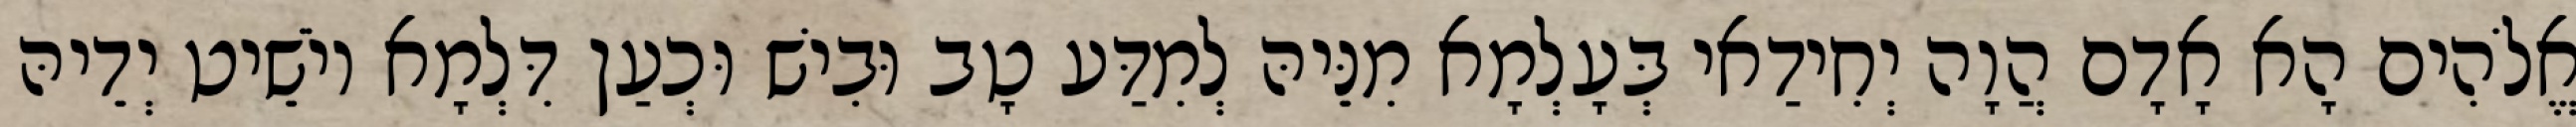
אֱלֹהִים הָא אָדָם הֲוָה יְחִידַאי בְּעָלְמָא מִנֵּיהּ לְמִדַּע טָב וּבִישׁ וּכְעַן דִּלְמָא יוֹשֵׁיט יְדֵיהּ